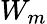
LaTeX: W_{m}